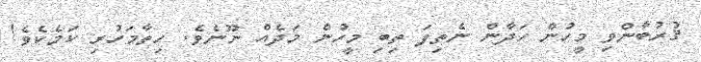
ޤުރުބާންވި މީހުން ހަދާން ނެތިފަ ތިބި މީހުން މަދެއް ނޫނެވެ. ހިތާމަހުރި ކަމެކެވެ!